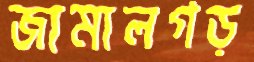
জামালগড়